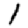
Digit: 1